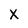
Character: X